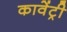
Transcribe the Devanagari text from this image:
कावेंट्री